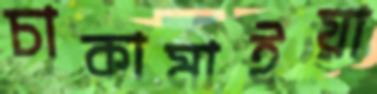
চাকামাইয়া